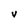
Character: v